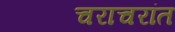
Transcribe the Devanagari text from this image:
चराचरांत